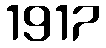
1917